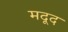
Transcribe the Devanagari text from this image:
मदूद